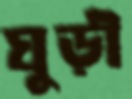
ঘুড়ী